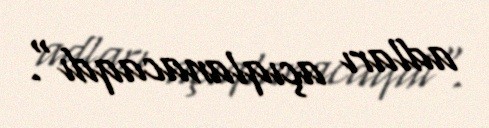
adları açıqlanacaqdı".